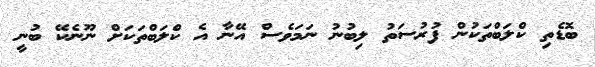
ބޮޑެތި ކްލަބްތަކުން ފުރުސަތު ލިބުނު ނަމަވެސް އޭނާ އެ ކްލަބްތަކަށް ނޫނެކޭ ބުނީ